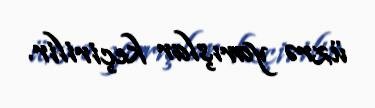
üzrə yarışlar keçirilir.